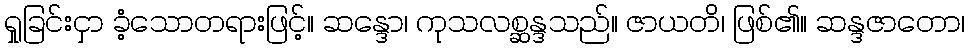
ရှုခြင်းငှာ ခံ့သောတရားဖြင့်။ ဆန္ဒော၊ ကုသလစ္ဆန္ဒသည်။ ဇာယတိ၊ ဖြစ်၏။ ဆန္ဒဇာတော၊